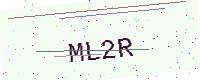
Text: ML2R